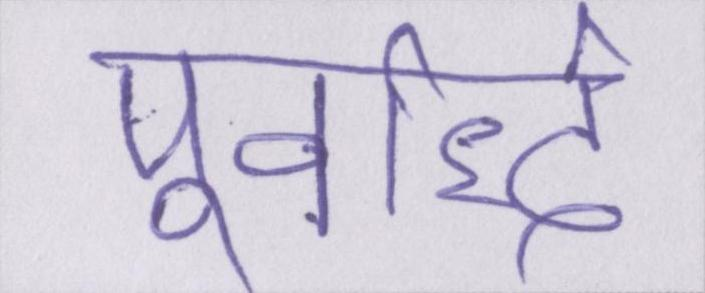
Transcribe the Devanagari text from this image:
पूर्वार्द्ध